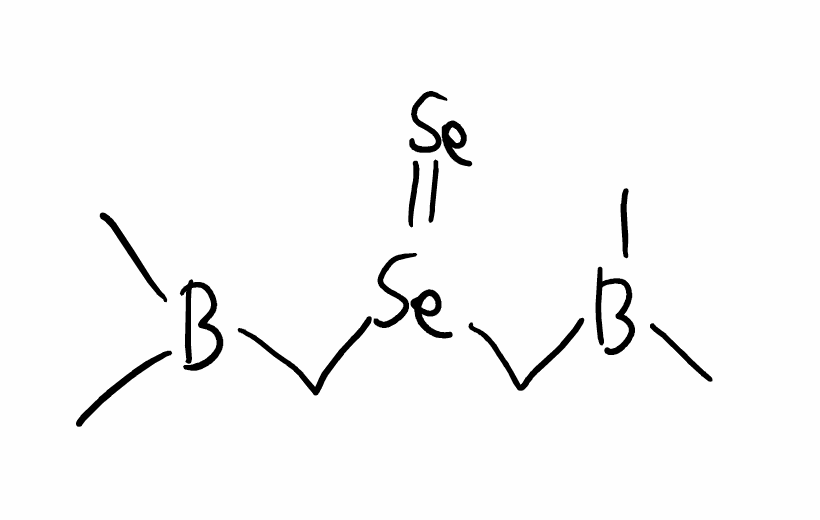
Simplified molecular-input line-entry system (SMILES) notation of the given molecule:
B(C)(C)C[Se](=[Se])CB(C)C